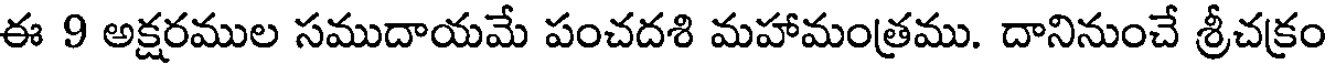
ఈ 9 అక్షరముల సముదాయమే పంచదశి మహామంత్రము. దానినుంచే శ్రీచక్రం